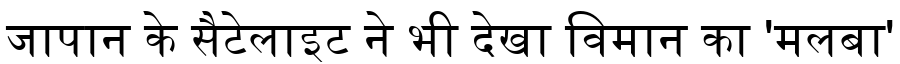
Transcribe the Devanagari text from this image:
जापान के सैटेलाइट ने भी देखा विमान का 'मलबा'